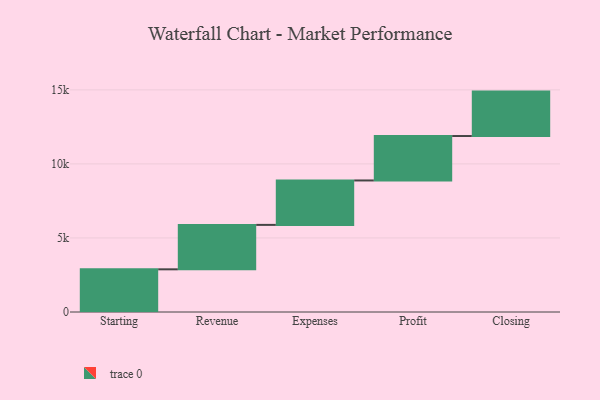
{"axis": {"x": "Step", "y": "Value"}, "legend": [""], "data": [{"x": "Starting", "y": 2882.0, "type": ""}, {"x": "Revenue", "y": 3000, "type": ""}, {"x": "Expenses", "y": 3000, "type": ""}, {"x": "Profit", "y": 3000, "type": ""}, {"x": "Closing", "y": 3000, "type": ""}]}